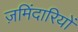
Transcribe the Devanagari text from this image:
ज़मिंदारियों